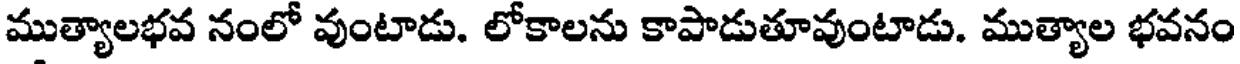
ముత్యాలభవ నంలో వుంటాడు. లోకాలను కాపాడుతూవుంటాడు. ముత్యాల భవనం